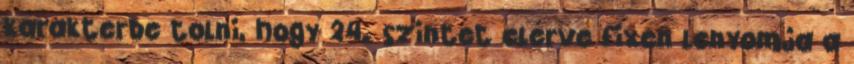
karakterbe tolni, hogy 24. szintet elérve fixen lenyomja a